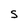
Character: S